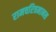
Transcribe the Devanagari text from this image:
रामचरित्रमानस